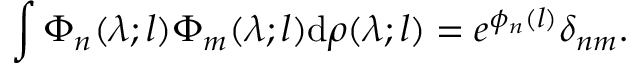
\int \Phi _ { n } ( \lambda ; l ) \Phi _ { m } ( \lambda ; l ) \mathrm { d } \rho ( \lambda ; l ) = e ^ { \phi _ { n } ( l ) } \delta _ { n m } .